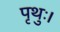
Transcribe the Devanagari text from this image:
पृथुः।